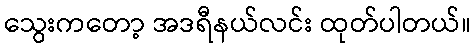
သွေးကတော့ အဒရီနယ်လင်း ထုတ်ပါတယ်။